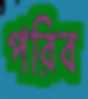
পরিব